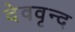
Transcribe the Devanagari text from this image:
देववृन्द